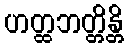
ဟတ္ထဘတ္တိန္တိ